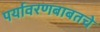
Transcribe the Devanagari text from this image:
पर्यावरणबाबतचे